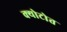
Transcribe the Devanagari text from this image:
क्योटोत